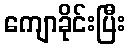
ကျောခိုင်းပြီး